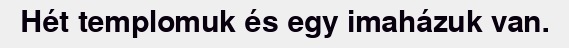
Hét templomuk és egy imaházuk van.